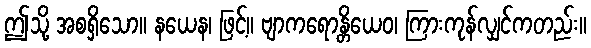
ဤသို့ အစရှိသော။ နယေန၊ ဖြင့်။ ဗျာကရောန္တိယေဝ၊ ကြားကုန်လျှင်ကတည်း။